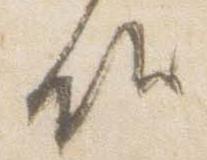
候